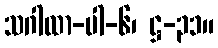
သဂါထာ-ပါ-၆၊ ဋ္ဌ-၃၁။